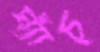
ঘ্যাঁচ্